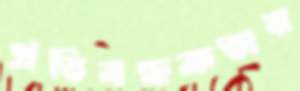
প্রতিবন্ধকতায়